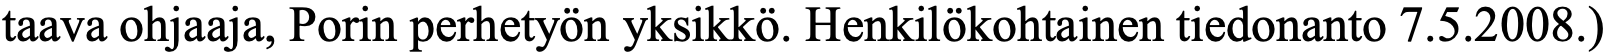
taava ohjaaja, Porin perhetyön yksikkö. Henkilökohtainen tiedonanto 7.5.2008.)